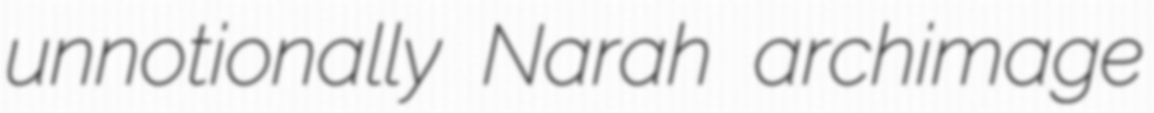
unnotionally Narah archimage